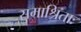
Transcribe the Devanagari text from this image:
समाश्रिताः